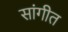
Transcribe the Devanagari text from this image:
सांगीत